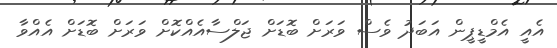
އެއީ އެމްޑީޕީން އަބަދު ވެސް ވަރަށް ބޮޑަށް ޖަލްސާއެއްކޮށް ވަރަށް ބޮޑަށް އެއްވާ